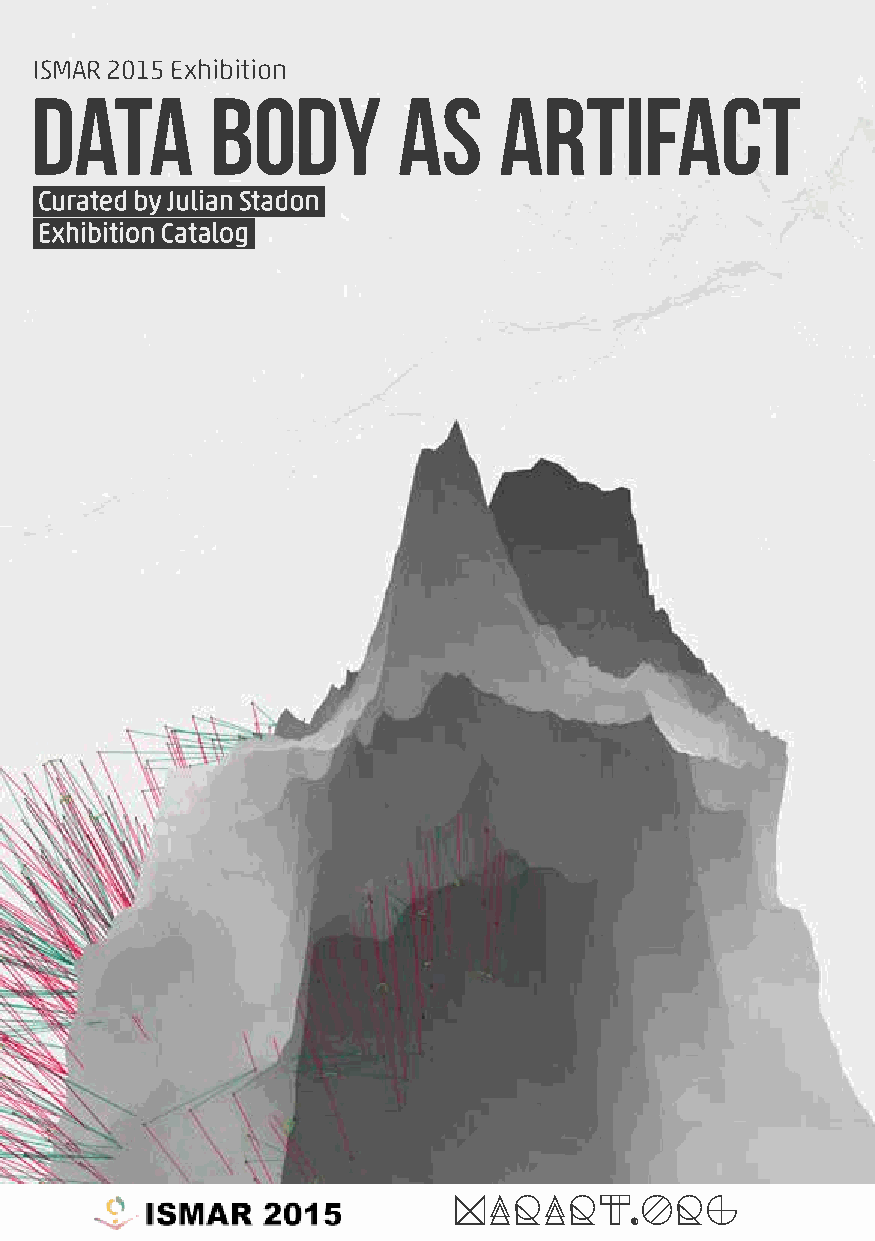
ISMAR 2015 Exhibition
 Data        Body        as     Artifact
 Curated by Julian Stadon
 Exhibition Catalog
 MARART.org